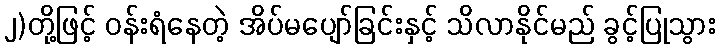
၂)တို့ဖြင့် ဝန်းရံနေတဲ့ အိပ်မပျော်ခြင်းနှင့် သိလာနိုင်မည် ခွင့်ပြုသွား